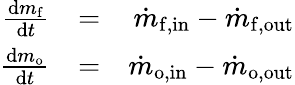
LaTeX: \begin{array}{rlr}{\frac{\mathrm{d}m_{\mathrm{f}}}{\mathrm{d}t}}&{=}&{\dot{m}_{\mathrm{f,in}}-\dot{m}_{\mathrm{f,out}}}\\ {\frac{\mathrm{d}m_{\mathrm{o}}}{\mathrm{d}t}}&{=}&{\dot{m}_{\mathrm{o,in}}-\dot{m}_{\mathrm{o,out}}}\end{array}